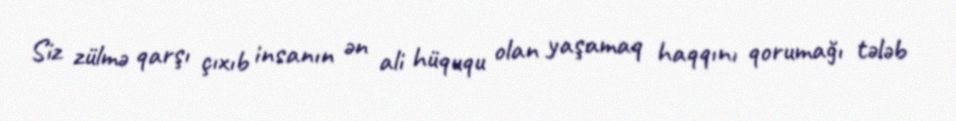
Siz zülmə qarşı çıxıb insanın ən ali hüququ olan yaşamaq haqqını qorumağı tələb